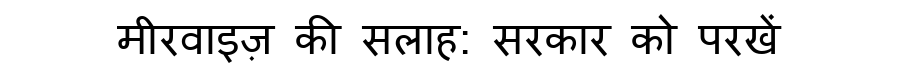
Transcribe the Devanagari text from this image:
मीरवाइज़ की सलाह: सरकार को परखें